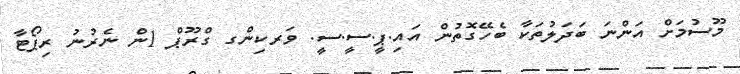
މޫސުމަށް އަންނަ ބަދަލުތަކާ ބެހޭގޮތުން އައި.ޕީ.ސީ.ސީ. ވަރކިންގ ގްރޫޕް 1ން ނެރުނު ރިޕޯޓާ